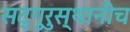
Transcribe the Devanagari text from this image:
सद्‌गुरुस्थानीच